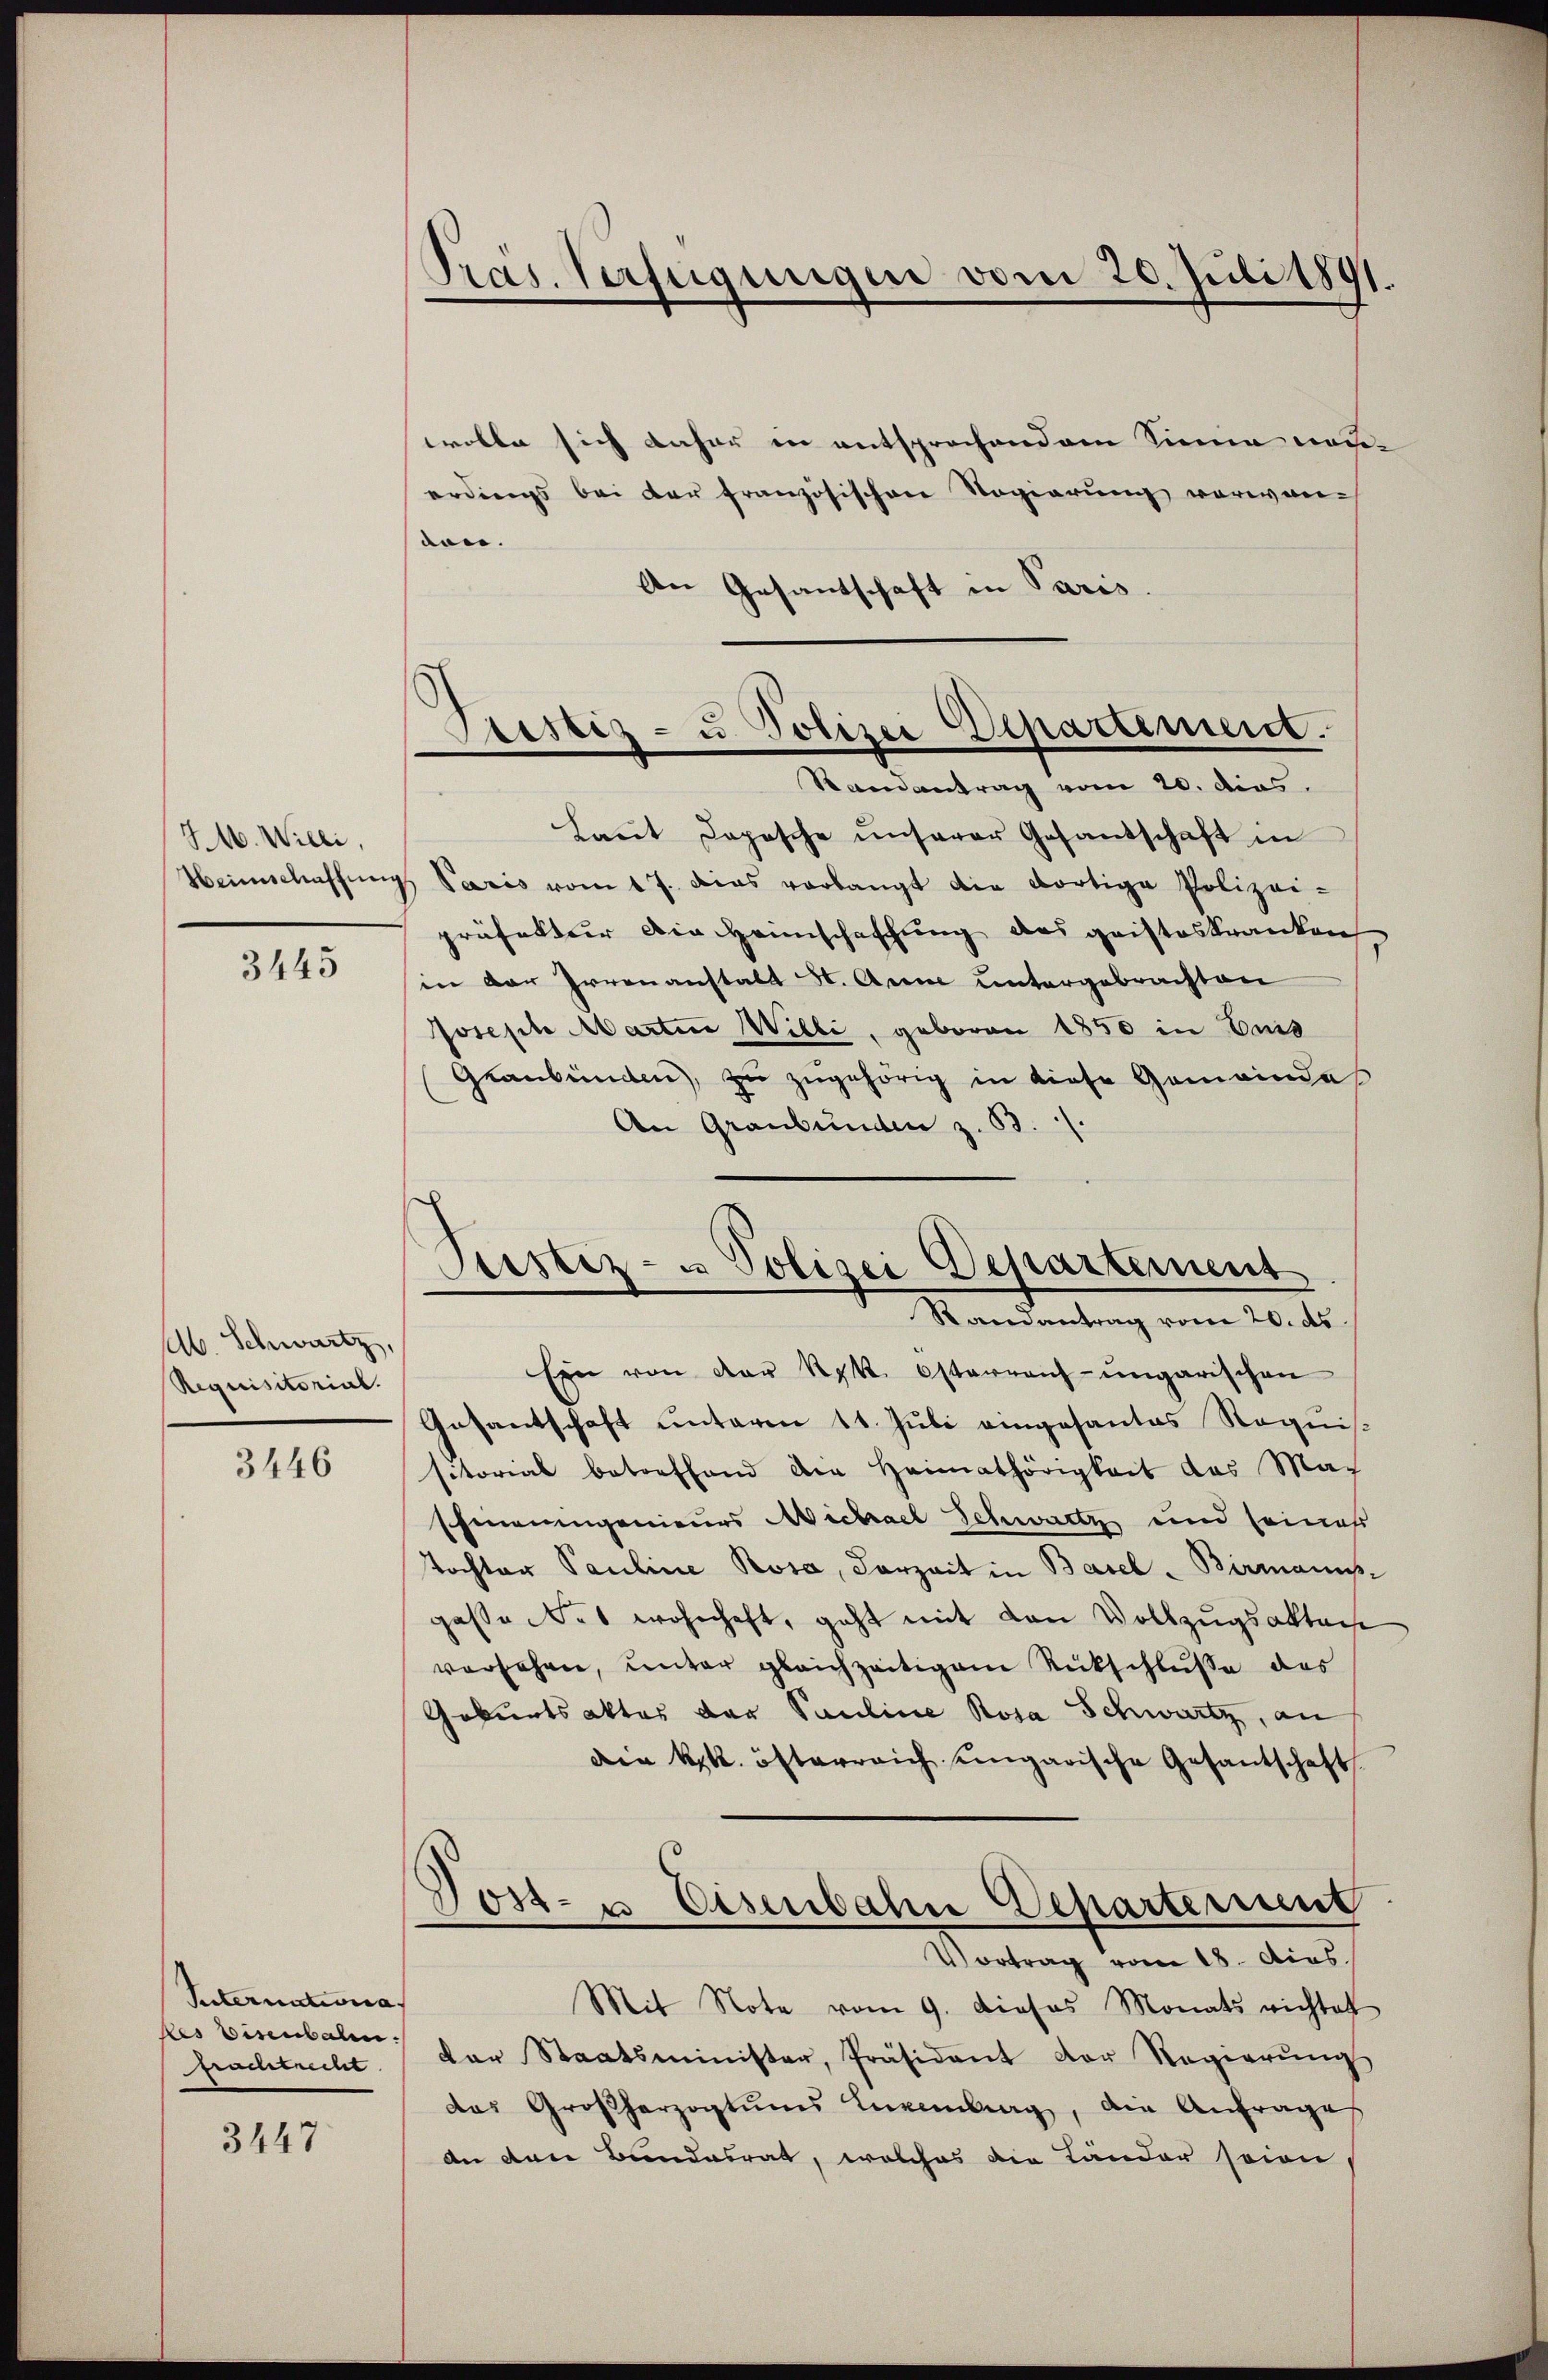
S. Wieli,

3445

Ab. Schwartz,
Requisitorial.

3446

Suternationa
des Eisenbalen.
fruchteilt

3447

wolle sich daher in entsprochendem Sinne neuerdings bei der französischen Regierung vorwar-
den.
An Gesandschaft in Paris.

Pras. Verfügungen vom 20. Juli 1891

Trestiz- u Polizei Departement.
Randantrag vom 20. dies

Justiz- u Polizei Departement
Randantrag vom 20. ds.

Laut doposche unserer Gesandschaft in
Heimschaffŭngs Paris vom 17. dies verlangt die dortige Polizei-
präfecteur die Heimschaffung des geisteskranken
in der Irrenanstalt St. Arne untergebrachten
Joseph Marten Willi, geboren 1850 in Duis
Graubünden, zu zugehörig in diese Gemeindes
An Graubünden z. 53.
Ein von der Ryk. Österrauf ungarischen
Gasantschaft unterm 11. Juli eingesantes Requis.
sitorial betreffend die Heimathörigkeit des Mach
schmeringenieurs Michael Schwartz und seines
Tochter Pauline Rosa, Lorzeit in Basel - Birmannsgasse des wohnhaft, geht mit den Vollzugsaktach
versehen, unter gleichzeitigem Rückschlusse des
Geburtsaktes der Pauline Rosa Schwartz, an
Die kk. österreich ungarische Gesantschaft
Dost- u Eisenbahn Departement
Vortrag vom 18. dies
Mit Note vom 9. Dieses Monats richtet
der Staatsminister, Präsident der Regierŭng
das Großherzogtums Luxenburg, die Anfrage
An den Bundesrat, welches die Länder seine